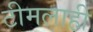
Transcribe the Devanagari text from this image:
टीमलाही